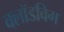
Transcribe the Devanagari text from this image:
क्लॉडविग